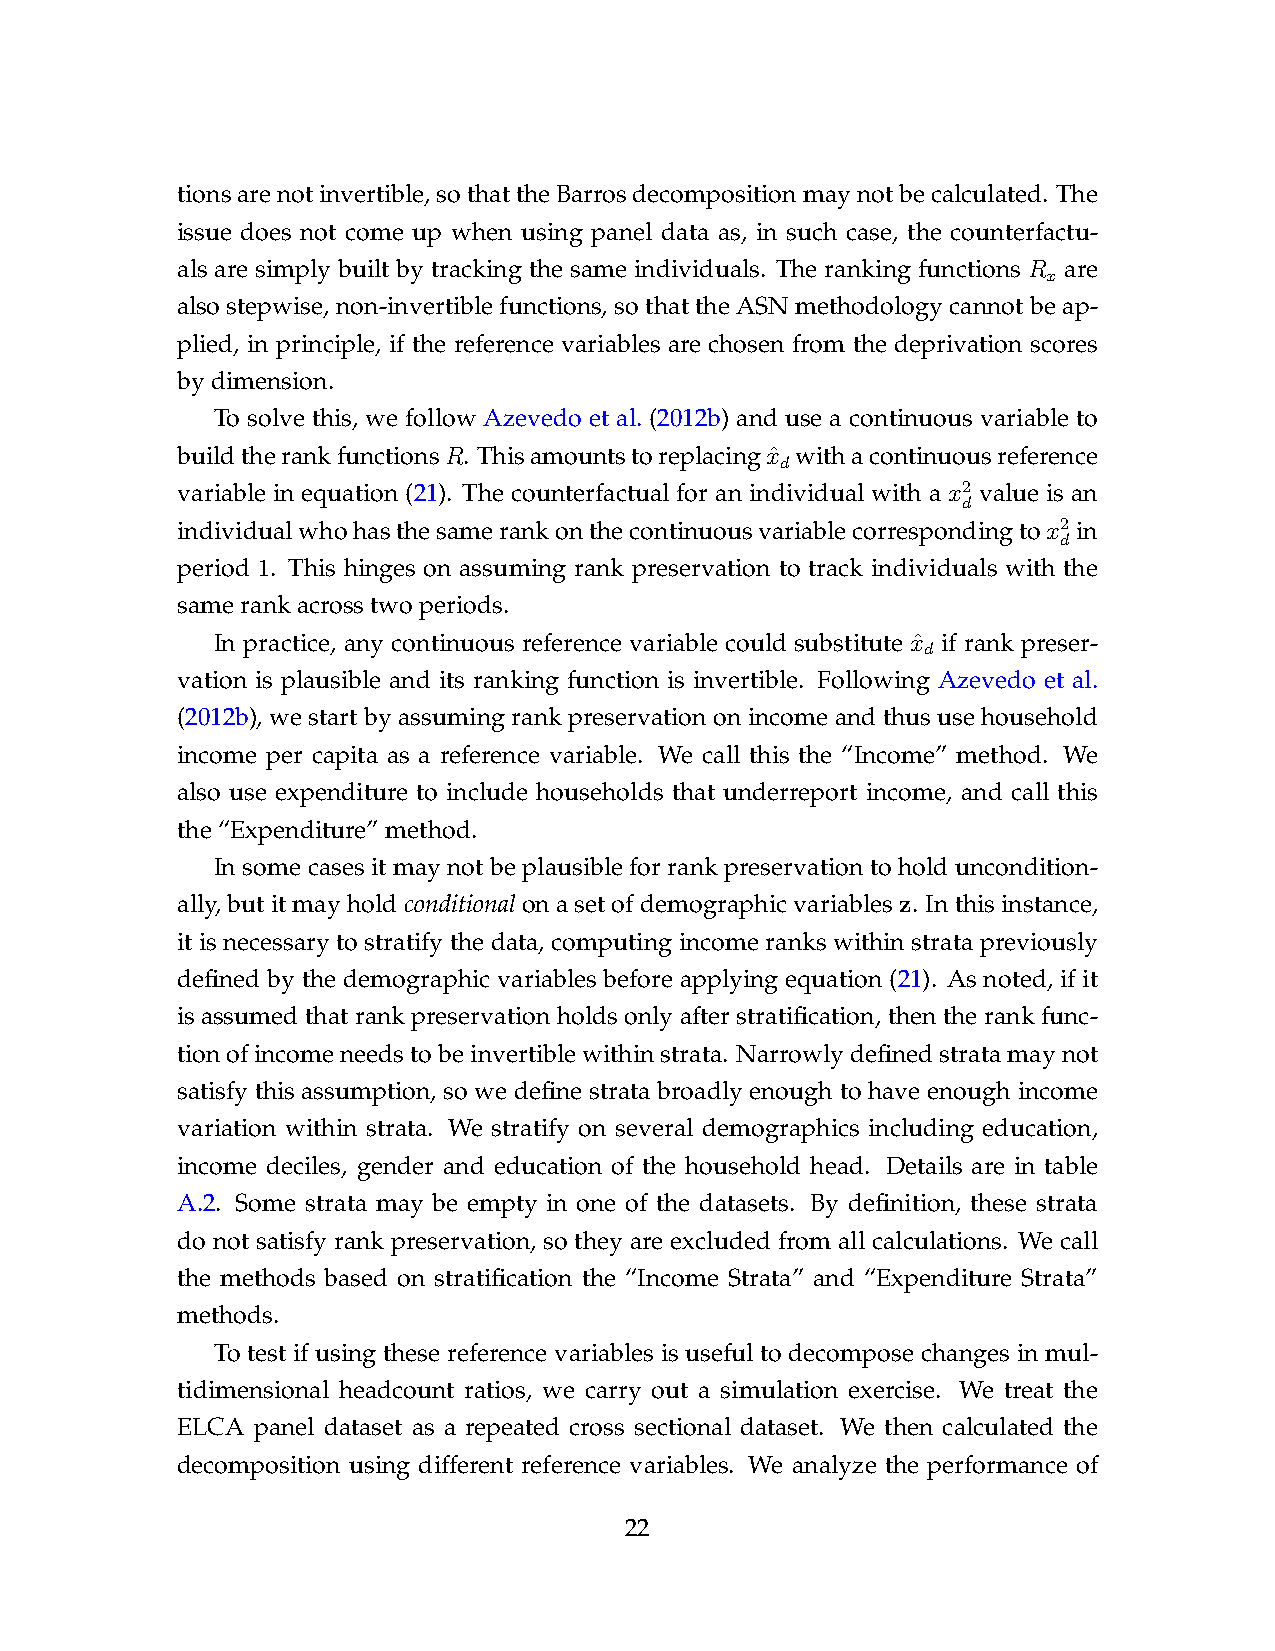
tionsarenotinvertible,sothattheBarrosdecompositionmaynotbecalculated. The
 issue does not come up when using panel data as, in such case, the counterfactu-
 als are simply built by tracking the same individuals. The ranking functions R are
 x
 also stepwise, non-invertible functions, so that the ASN methodology cannot be ap-
 plied, in principle, if the reference variables are chosen from the deprivation scores
 bydimension.
 To solve this, we follow Azevedo et al. (2012b) and use a continuous variable to
 buildtherankfunctionsR. Thisamountstoreplacingxˆ withacontinuousreference
 d
 variable in equation (21). The counterfactual for an individual with a x2 value is an
 d
 individualwhohasthesamerankonthecontinuousvariablecorrespondingtox2 in
 d
 period 1. This hinges on assuming rank preservation to track individuals with the
 samerankacrosstwoperiods.
 In practice, any continuous reference variable could substitute xˆ if rank preser-
 d
 vation is plausible and its ranking function is invertible. Following Azevedo et al.
 (2012b), we start by assuming rank preservation on income and thus use household
 income per capita as a reference variable. We call this the “Income” method. We
 also use expenditure to include households that underreport income, and call this
 the“Expenditure”method.
 In some cases it may not be plausible for rank preservation to hold uncondition-
 ally,butitmayholdconditionalonasetofdemographicvariablesz. Inthisinstance,
 it is necessary to stratify the data, computing income ranks within strata previously
 defined by the demographic variables before applying equation (21). As noted, if it
 is assumed that rank preservation holds only after stratification, then the rank func-
 tionofincomeneedstobeinvertiblewithinstrata. Narrowlydefinedstratamaynot
 satisfy this assumption, so we define strata broadly enough to have enough income
 variation within strata. We stratify on several demographics including education,
 income deciles, gender and education of the household head. Details are in table
 A.2. Some strata may be empty in one of the datasets. By definition, these strata
 do not satisfy rank preservation, so they are excluded from all calculations. We call
 the methods based on stratification the “Income Strata” and “Expenditure Strata”
 methods.
 To test if using these reference variables is useful to decompose changes in mul-
 tidimensional headcount ratios, we carry out a simulation exercise. We treat the
 ELCA panel dataset as a repeated cross sectional dataset. We then calculated the
 decomposition using different reference variables. We analyze the performance of
 22